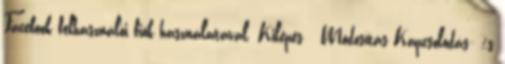
Facebook felhasználói fiók használatával. Kilépés Módosítás Kapcsolódás: %s